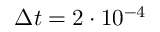
\Delta t = 2 \cdot 1 0 ^ { - 4 }